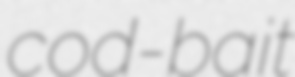
cod-bait